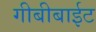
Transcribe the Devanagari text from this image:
गीबीबाईट